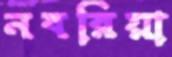
নবরিয়া